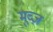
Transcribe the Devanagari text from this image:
मूव्ज़